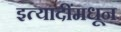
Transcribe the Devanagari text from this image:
इत्यादींमधून